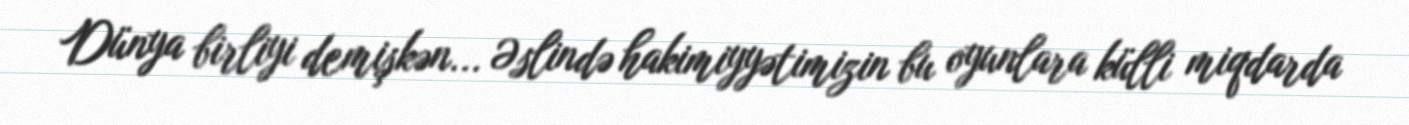
Dünya birliyi demişkən... Əslində hakimiyyətimizin bu oyunlara külli miqdarda